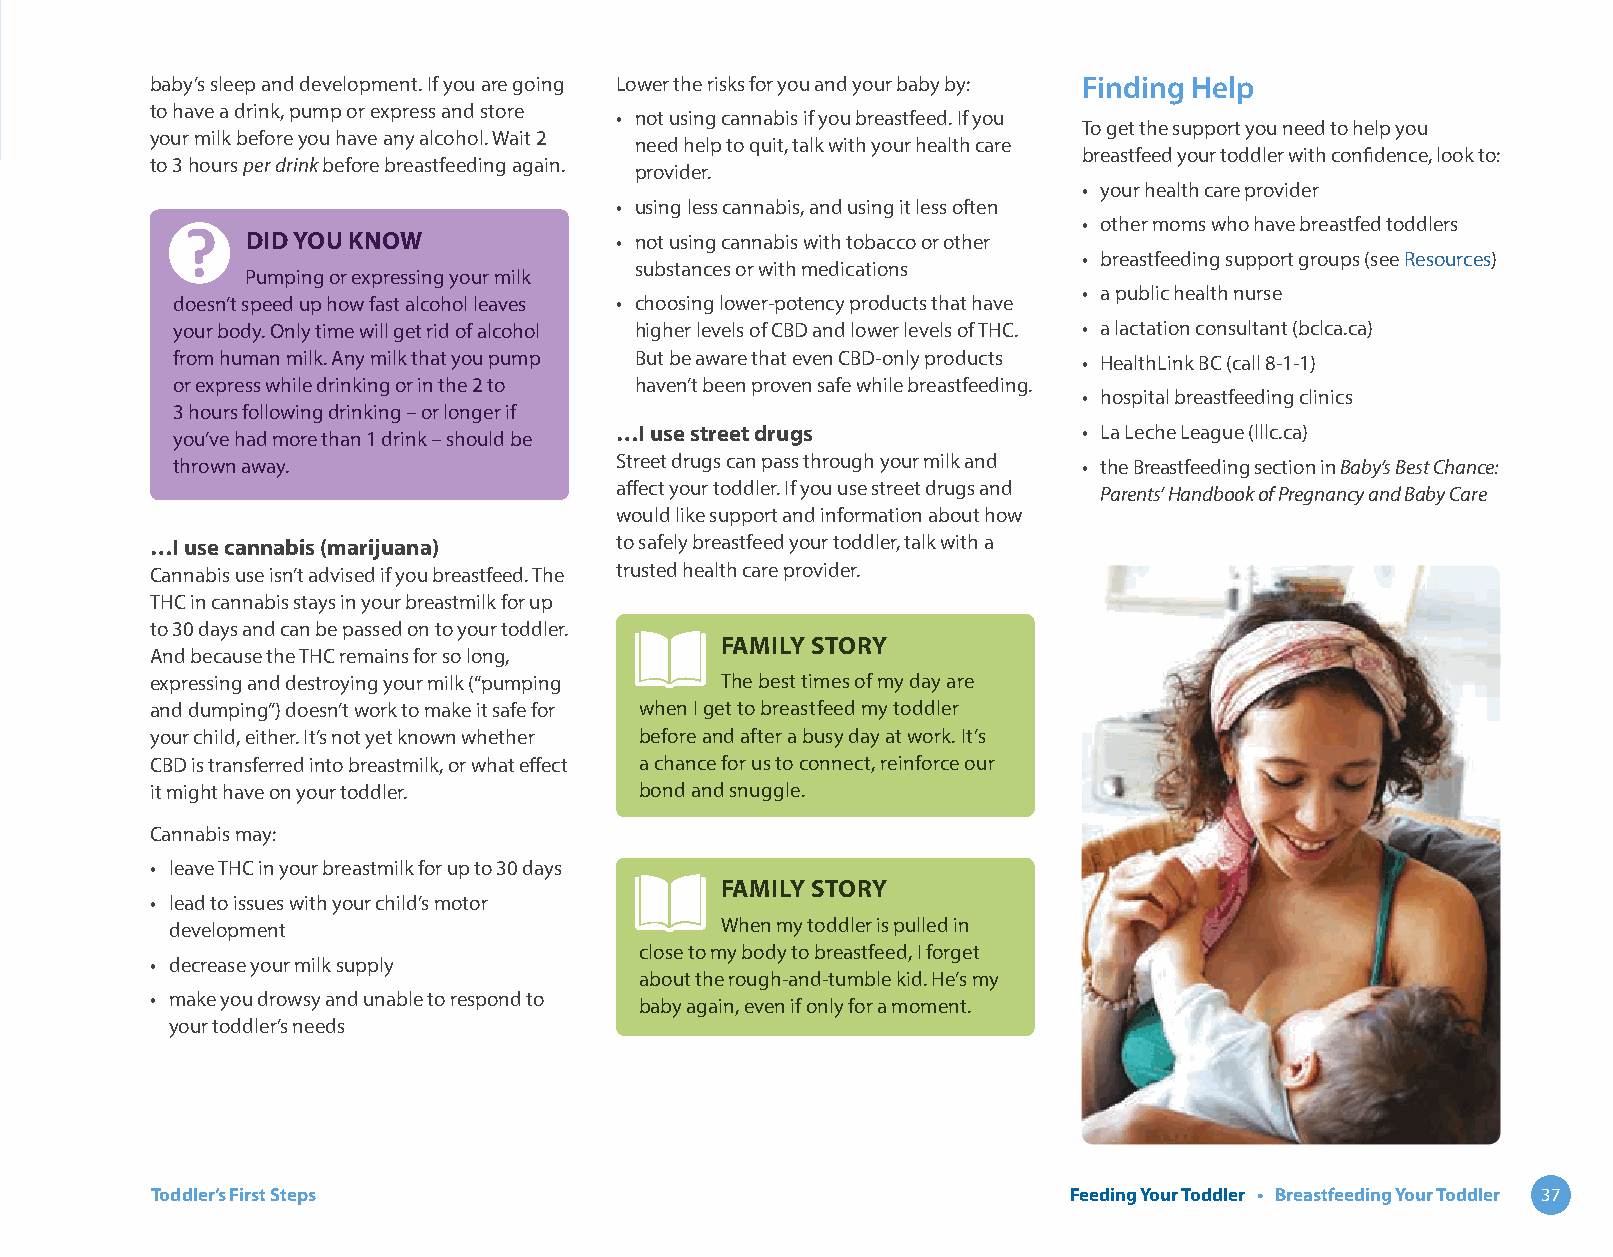
baby’s sleep and development. If you are going Lower the risks for you and your baby by: Finding Help
 to have a drink, pump or express and store
 • not using cannabis if you breastfeed. If you
 To get the support you need to help you
 your milk before you have any alcohol. Wait 2
 need help to quit, talk with your health care
 breastfeed your toddler with confidence, look to:
 to 3 hours per drink before breastfeeding again.
 provider.
 • your health care provider
 • using less cannabis, and using it less often
 • other moms who have breastfed toddlers
 DID YOU KNOW             • not using cannabis with tobacco or other
 • breastfeeding support groups (see Resources)
 substances or with medications
 Pumping or expressing your milk
 • a public health nurse
 doesn’t speed up how fast alcohol leaves • choosing lower-potency products that have
 your body. Only time will get rid of alcohol higher levels of CBD and lower levels of THC. • a lactation consultant (bclca.ca)
 from human milk. Any milk that you pump But be aware that even CBD-only products • HealthLink BC (call 8-1-1)
 or express while drinking or in the 2 to haven’t been proven safe while breastfeeding.
 • hospital breastfeeding clinics
 3 hours following drinking – or longer if
 …I use street drugs            • La Leche League (lllc.ca)
 you’ve had more than 1 drink – should be
 thrown away.                  Street drugs can pass through your milk and • the Breastfeeding section in Baby’s Best Chance:
 affect your toddler. If you use street drugs and Parents’ Handbook of Pregnancy and Baby Care
 would like support and information about how
 …I use cannabis (marijuana)    to safely breastfeed your toddler, talk with a
 Cannabis use isn’t advised if you breastfeed. The trusted health care provider.
 THC in cannabis stays in your breastmilk for up
 to 30 days and can be passed on to your toddler.
 FAMILY STORY
 And because the THC remains for so long,
 expressing and destroying your milk (“pumping The best times of my day are
 and dumping”) doesn’t work to make it safe for when I get to breastfeed my toddler
 your child, either. It’s not yet known whether before and after a busy day at work. It’s
 CBD is transferred into breastmilk, or what effect a chance for us to connect, reinforce our
 it might have on your toddler.  bond and snuggle.
 Cannabis may:
 • leave THC in your breastmilk for up to 30 days
 FAMILY STORY
 • lead to issues with your child’s motor
 development                          When my toddler is pulled in
 close to my body to breastfeed, I forget
 • decrease your milk supply
 about the rough-and-tumble kid. He’s my
 • make you drowsy and unable to respond to
 baby again, even if only for a moment.
 your toddler’s needs
 Toddler’s First Steps                                        Feeding Your Toddler • Breastfeeding Your Toddler 37